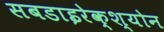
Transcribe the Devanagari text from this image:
सबडाइरेक्श्योन